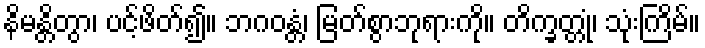
နိမန္တိတွာ၊ ပင့်ဖိတ်၍။ ဘဂဝန္တံ၊ မြတ်စွာဘုရားကို။ တိက္ခတ္တုံ၊ သုံးကြိမ်။